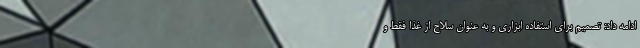
ادامه داد: تصمیم برای استفاده ابزاری و به عنوان سلاح از غذا فقط و